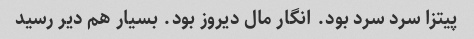
پیتزا سرد سرد بود. انگار مال دیروز بود. بسیار هم دیر رسید